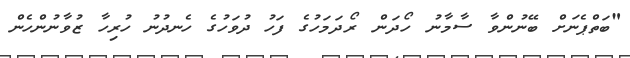
"ބަތްޕެނަށް ބޭނުންވާ ސާމާނު ހޯދަން ރޯދަމަހުގެ ފަހު ދުވަހުގެ ހެނދުނު ހުރިހާ ޒުވާނުންހެން